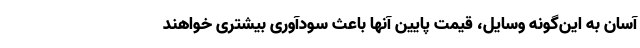
آسان به این‌گونه وسایل، قیمت پایین آنها باعث سودآوری بیشتری خواهند